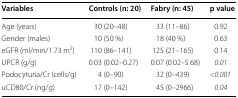
| Variables | Controls (n: 20) | Fabry (n: 45) | p value |
 | --- | --- | --- | --- |
 | Age (years) | 30 (20–48) | 33 (11–86) | 0.92 |
 | Gender (males) | 10 (50 %) | 18 (40 %) | 0.63 |
 | eGFR (ml/min/1.73 m2) | 110 (86–141) | 125 (21–165) | 0.14 |
 | UPCR (g/g) | 0.03 (0.02–0.27) | 0.07 (0.02–5.68) | 0.01 |
 | Podocyturia/Cr (cells/g) | 4 (0–90) | 32 (0–439) | <0.001 |
 | uCD80/Cr (ng/g) | 17 (0–142) | 45 (0–2966) | 0.04 |